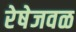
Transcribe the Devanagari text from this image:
रेषेजवळ